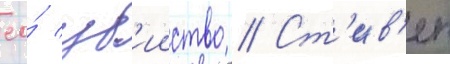
ео́ уб'ииство // Ст'ив'ен